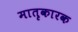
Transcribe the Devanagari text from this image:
मातृकारक